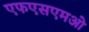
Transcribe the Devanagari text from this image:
एफएसएमओ